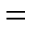
=